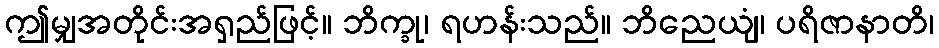
ဤမျှအတိုင်းအရှည်ဖြင့်။ ဘိက္ခု၊ ရဟန်းသည်။ ဘိညေယျံ၊ ပရိဇာနာတိ၊